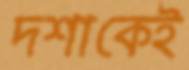
দশাকেই